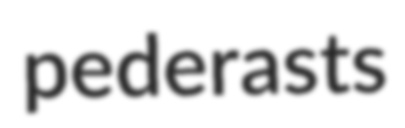
pederasts